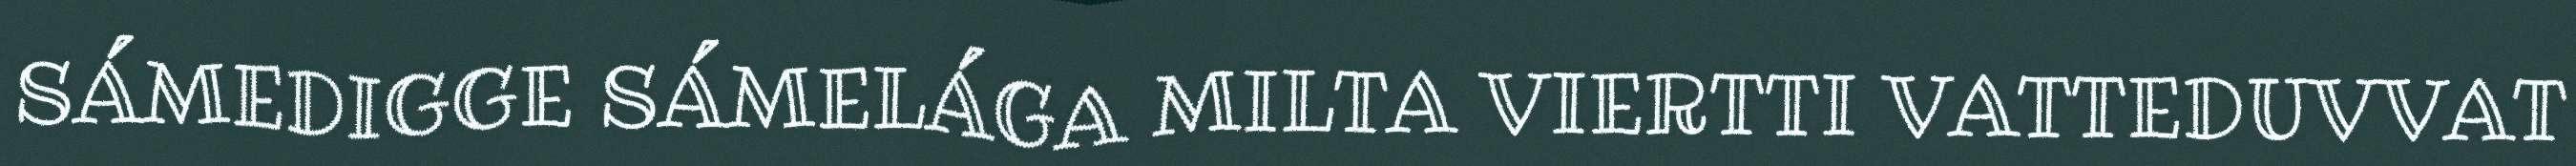
SÁMEDIGGE SÁMELÁGA MILTA VIERTTI VATTEDUVVAT